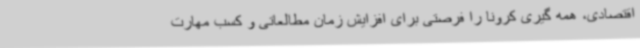
اقتصادی، همه گیری کرونا را فرصتی برای افزایش زمان مطالعاتی و کسب مهارت